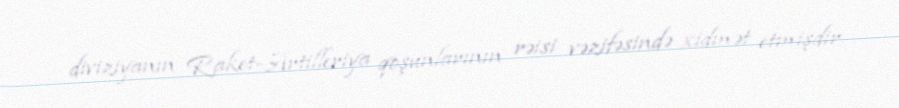
diviziyanın Raket-Artilleriya qoşunlarının rəisi vəzifəsində xidmət etmişdir.